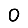
Digit: 0